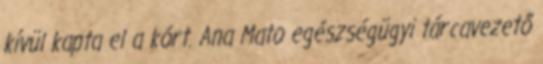
kívül kapta el a kórt. Ana Mato egészségügyi tárcavezető